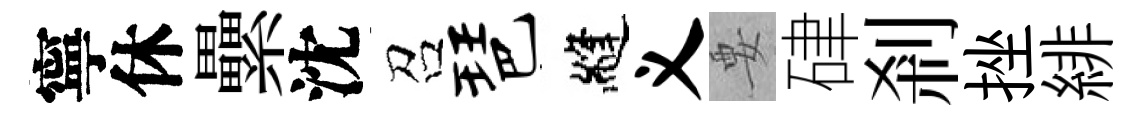
寧休纍沈召琶縫义要硉剎挫緋